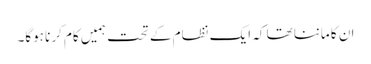
ان کا ماننا تھا کہ ایک نظام کے تحت ہمیں کام کرنا ہوگا۔